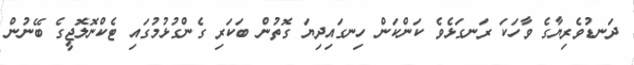
ދަނޑުވެރިޔާގެ ވާހަކަ ރަނގަޅެވެ ކަންކަން ހިނގައިދިޔަ ގޮތުން ބަކަރި ގެންގުޅުމުގައި ޓެކްނޮލޮޖީގެ ބޭނުން